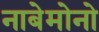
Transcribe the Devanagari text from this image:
नाबेमोनो